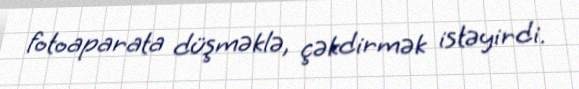
fotoaparata düşməklə, çəkdirmək istəyirdi.